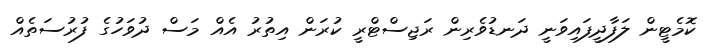
ކޮމެޓީން ލަފާދީފައިވަނީ ދަނޑުވެރިން ރަޖިސްޓްރީ ކުރަން އިތުރު އެއް މަސް ދުވަހުގެ ފުރުސަތެއް